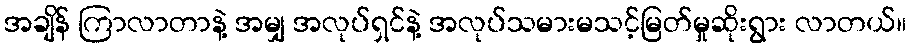
အချိန် ကြာလာတာနဲ့ အမျှ အလုပ်ရှင်နဲ့ အလုပ်သမားမသင့်မြတ်မှုဆိုးရွား လာတယ်။